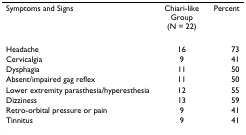
| Symptoms and Signs | Chiari-like Group (N = 22) | Percent |
 | --- | --- | --- |
 | Headache | 16 | 73 |
 | Cervicalgia | 9 | 41 |
 | Dysphagia | 11 | 50 |
 | Absent/impaired gag reflex | 11 | 50 |
 | Lower extremity parasthesia/hyperesthesia | 12 | 55 |
 | Dizziness | 13 | 59 |
 | Retro-orbital pressure or pain | 9 | 41 |
 | Tinnitus | 9 | 41 |